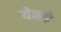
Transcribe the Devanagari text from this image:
येनचे